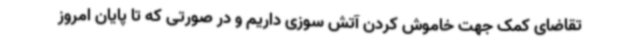
تقاضای کمک جهت خاموش کردن آتش سوزی داریم و در صورتی که تا پایان امروز